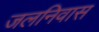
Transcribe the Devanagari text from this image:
जलनिवास